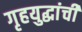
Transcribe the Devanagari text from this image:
गृहयुद्धांची